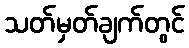
သတ်မှတ်ချက်တွင်